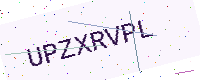
Text: UPZXRVPL